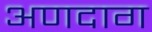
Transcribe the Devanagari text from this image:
अणदाग